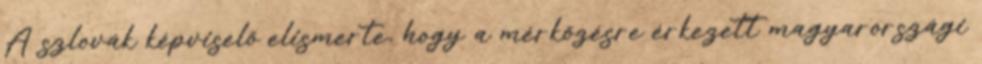
A szlovák képviselő elismerte, hogy a mérkőzésre érkezett magyarországi